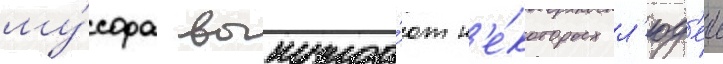
му́сора вынужда́ют н'е́которых л'юд'еи